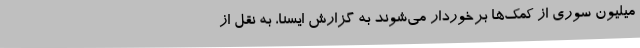
میلیون سوری از کمک‌ها برخوردار می‌شوند به گزارش ایسنا، به نقل از